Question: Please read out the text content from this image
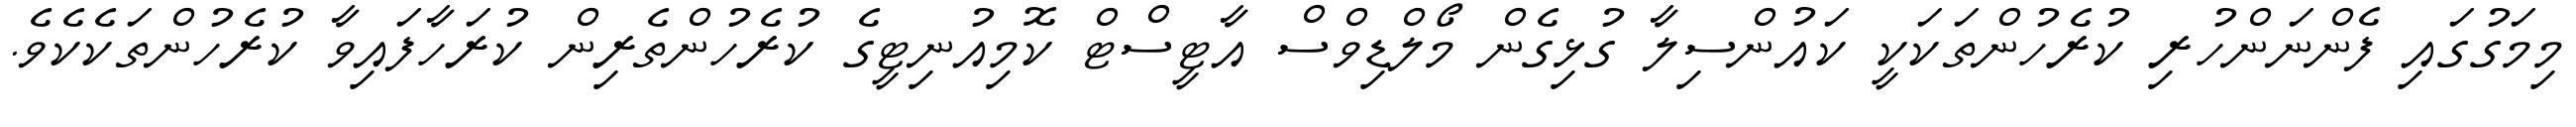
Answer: މިމަގުގައި ފެންނަންހުރި ކުރެހުންތަކަކީ ކައުންސިލާ ގުޅިގެން މޯލްޑިވްސް އާޓީސްޓް ކޮމިއުނިޓީގެ ކުރެހުންތެރިން ކުރަހާފައިވާ ކުރެހުންތަކެކެވެ.